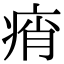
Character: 痟